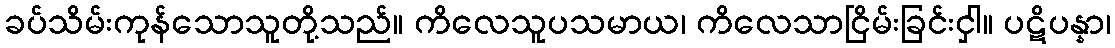
ခပ်သိမ်းကုန်သောသူတို့သည်။ ကိလေသူပသမာယ၊ ကိလေသာငြိမ်းခြင်းငှါ။ ပဋိပန္နာ၊